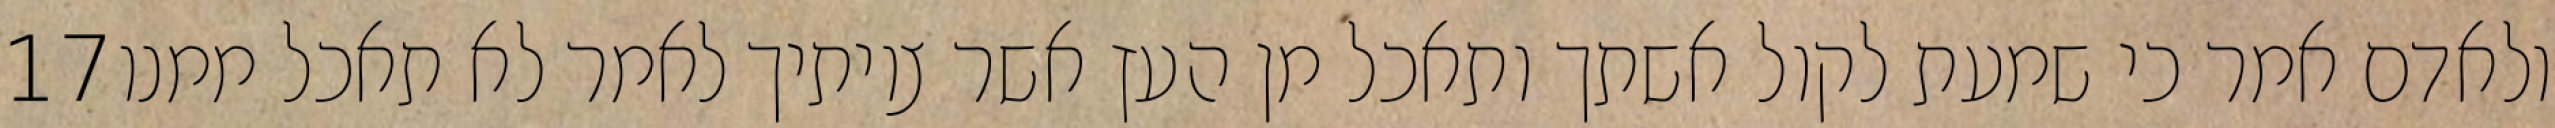
‎17‏ ולאדם אמר כי שמעת לקול אשתך ותאכל מן העץ אשר צויתיך לאמר לא תאכל ממנו